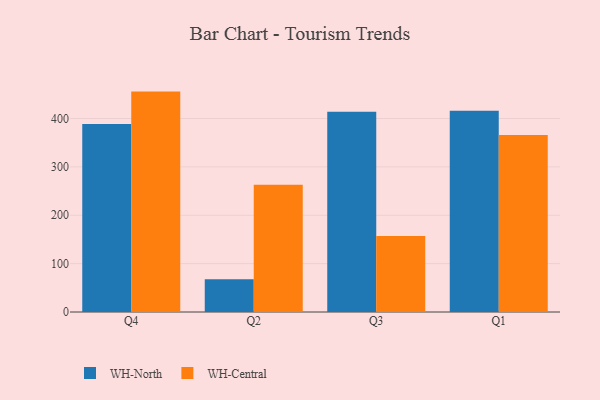
{"axis": {"x": "Quarter", "y": "Website Visitors"}, "legend": ["WH-Central", "WH-North"], "data": [{"x": "Q4", "y": 388.5, "type": "WH-North"}, {"x": "Q4", "y": 455.6, "type": "WH-Central"}, {"x": "Q2", "y": 67.5, "type": "WH-North"}, {"x": "Q2", "y": 263.2, "type": "WH-Central"}, {"x": "Q3", "y": 414.2, "type": "WH-North"}, {"x": "Q3", "y": 157.2, "type": "WH-Central"}, {"x": "Q1", "y": 416.1, "type": "WH-North"}, {"x": "Q1", "y": 365.8, "type": "WH-Central"}]}